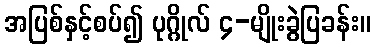
အပြစ်နှင့်စပ်၍ ပုဂ္ဂိုလ် ၄-မျိုးခွဲပြခန်း။